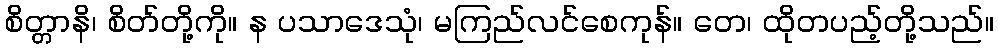
စိတ္တာနိ၊ စိတ်တို့ကို။ န ပသာဒေသုံ၊ မကြည်လင်စေကုန်။ တေ၊ ထိုတပည့်တို့သည်။